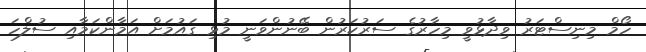
ހޯމް މިނިސްޓަރު ވިދާޅުވީ މިހާރުގެ ސަރުކަރުން ބޭނުންވަނީ މުޅި ގައުމަށް އަމާންކަމާއި ސުލްހަ